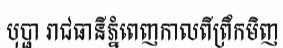
បុប្ផា រាជធានីភ្នំពេញកាលពីព្រឹកមិញ